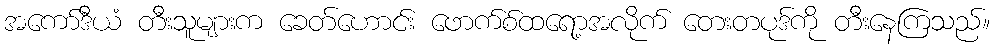
အကော်ဒီယံ တီးသူများက ခေတ်ဟောင်း ဖောက်စ်ထရော့အလိုက် တေးတပုဒ်ကို တီးနေကြသည်။